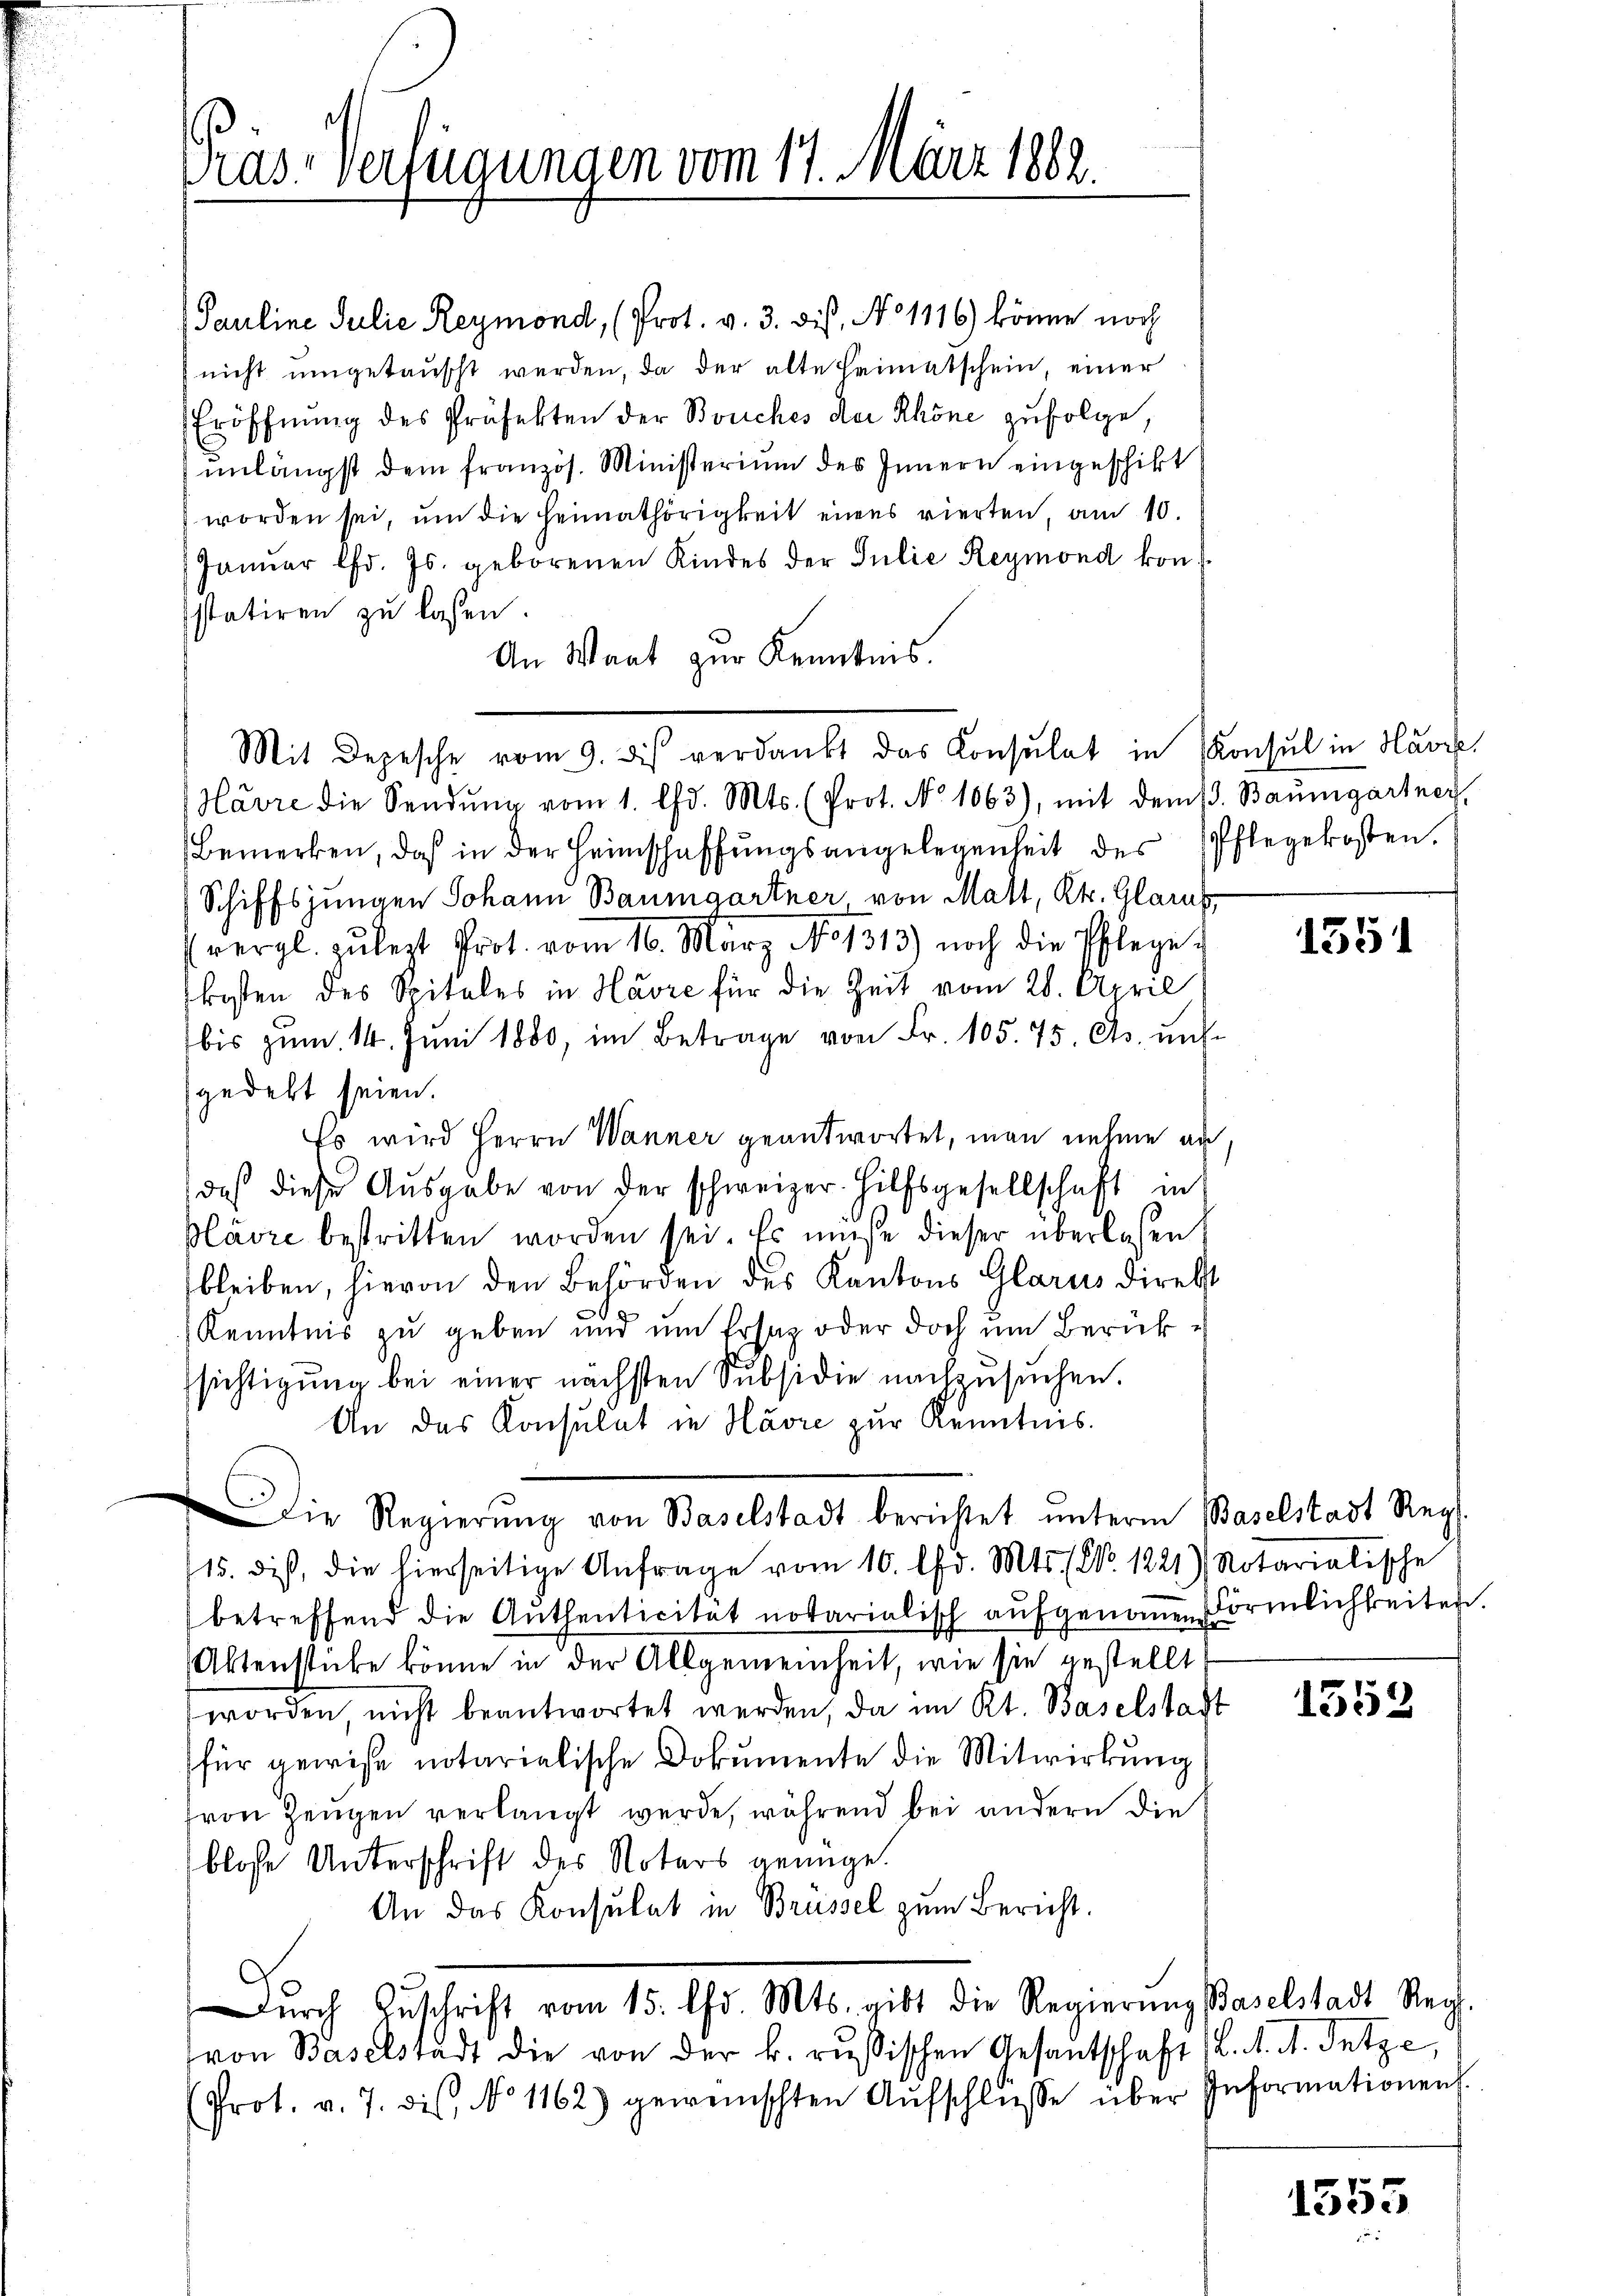
Pauline Julie Reymond, (Prot. v. 3. dis, No 1116) könne noch
 nicht umgetauscht werden, da der alte Heimatschein, einer
Eröffnung des Präfekten der Bouches der Khöne zufolge,
ŭnlängst dem französ. Ministerium des Innern eingeschikt
worden sei, ŭm die Heimathörigkeit eines vierten, am 10.
Janŭar lfd. Js. geborenen Kindes der Julie Reymond kon
statiren zu lassen.
An Waat zur Kenntnis.
Mit Depesche vom 9. dies verdankt das Konsulat in Konsul in Havre,
Havre die Sendŭng vom 1. Chr. Mts. (Prot. No 1063), mit dem 1. Baŭmgartner,
Bemerken, daß in der Heimschaffŭngsangelegenheit des Pflegekosten.
Schiffsjungen Johann Baumgartner von Matt, Kt. Glanz
(vergl. zulezt Prot. vom 16. März No 1313) noch die Pflege
kosten des Spitales in Havre für die Zeit vom 28. April
bis zum 14. Juni 1880, im Betrage von Fr. 105. 75, Cts. unte
gedekt seien.
Es wird Herrn Wanner geantwortet, man nehme an
daß diese Ausgabe von der schweizer. Hilfsgesellschaft in
plavre bestritten worden sei. Es müße dieser überlassen,
bleiben, hievon den Behörden des Kantons Glarus direkt
Kenntnis zu geben und um Ersatz oder doch um Berücksichtigung bei einer nächsten Subsidie nachzusuchen.
An das Konsulat in Havre zur Kenntnis.
Die Regierŭng von Baselstadt berichtet unterm Baselstadt Reg
15. dies, die hierseitige Anfrage vom 10. Chr. Mts. No. 1221) Notarialische
betreffend die Authenticität notarialisch aŭfgenoṁen Förmlichkeiten.
Aktenstube könne in der Allgemeinheit, wie sie gestellt
worden nicht beantwortet werden, da im Kt. Baselstadt
für gewiße notarialische Dokumente die Mitwirkung
fvon Zeugen verlangt werde, während bei andern die
blosse Unterschrift des Notars genüge.
An das Konsulat in Brüssel zum Bericht.
dŭrch Zŭschrift vom 15. Chr. Mts. gibt die Regierŭng Baselstadt Reg.
von Baselstadt die von der k. russischen Gesantschaft 12. 1. d. Satze,
(Prot. v. 7. dis, No 1162) gewünschten Aŭfschlŭsse über Informationen.

ras. Verfügungen vom 17. März 1882.

1551

1553

1553